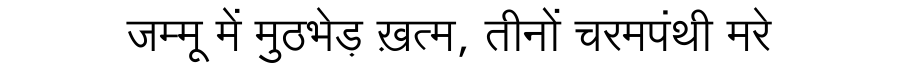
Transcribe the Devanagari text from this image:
जम्मू में मुठभेड़ ख़त्म, तीनों चरमपंथी मरे